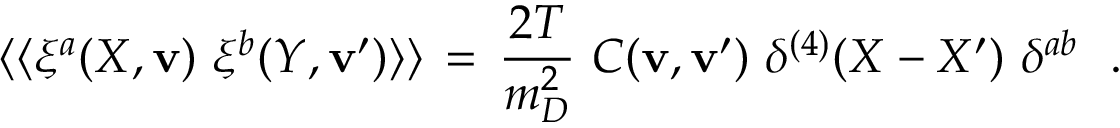
\langle \langle \xi ^ { a } ( X , { \mathbf v } ) \ \xi ^ { b } ( Y , { \mathbf v } ^ { \prime } ) \rangle \rangle \, = \, { \frac { 2 T } { m _ { D } ^ { 2 } } } \ C ( { \mathbf v } , { \mathbf v } ^ { \prime } ) \ \delta ^ { ( 4 ) } ( X - X ^ { \prime } ) \ \delta ^ { a b } \ \ .